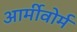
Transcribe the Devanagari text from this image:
आर्मीवोर्म